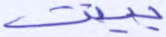
بينت